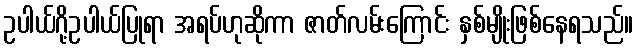
ဥပါယ်ဂို့ဥပါယ်ပြုရာ အရပ်ဟုဆိုကာ ဇာတ်လမ်းကြောင်း နှစ်မျိုးဖြစ်နေရသည်။